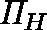
\mathit { \Pi } _ { H }